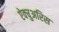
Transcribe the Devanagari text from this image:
ऐक्चुअरिस